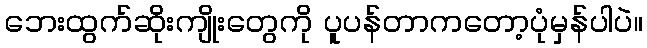
ဘေးထွက်ဆိုးကျိုးတွေကို ပူပန်တာကတော့ပုံမှန်ပါပဲ။